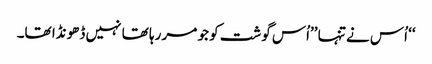
‘‘ اُس نے تنہا ’’اُس گوشت کو جو مر رہا تھا نہیں ڈھونڈا تھا۔